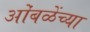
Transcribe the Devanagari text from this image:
ओंबळेंच्या